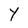
Character: Y